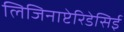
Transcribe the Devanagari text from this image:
लिजिनाप्टेरिडेसिई